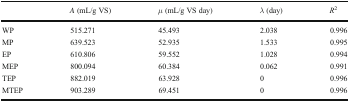
|  | A (mL/g VS) | μ (mL/g VS day) | λ (day) | R2 |
 | --- | --- | --- | --- | --- |
 | WP | 515.271 | 45.493 | 2.038 | 0.996 |
 | MP | 639.523 | 52.935 | 1.533 | 0.995 |
 | EP | 610.806 | 59.552 | 1.028 | 0.994 |
 | MEP | 800.094 | 60.384 | 0.062 | 0.991 |
 | TEP | 882.019 | 63.928 | 0 | 0.996 |
 | MTEP | 903.289 | 69.451 | 0 | 0.996 |